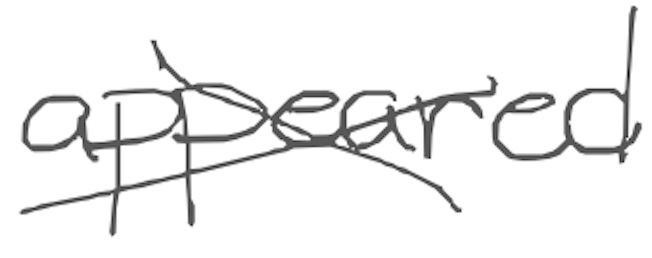
Text: appeared
Cross-out: cross
Writing tool: digital_gray